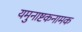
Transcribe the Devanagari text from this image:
यमुनाष्टकनामक